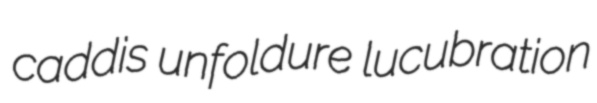
caddis unfoldure lucubration